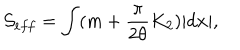
{ \cal S } _ { e f f } = \int ( m + { \frac { \pi } { 2 \theta } } K _ { 2 } ) | d { \bf x } | ,